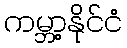
ကမ္ဘာ့နိုင်ငံ